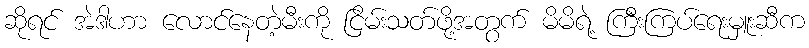
ဆိုရင် အဲဒါဟာ လောင်နေတဲ့မီးကို ငြိမ်းသတ်ဖို့အတွက် မိမိရဲ့ ကြီးကြပ်ရေးမှူးဆီက